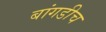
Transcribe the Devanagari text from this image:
बांगडीच